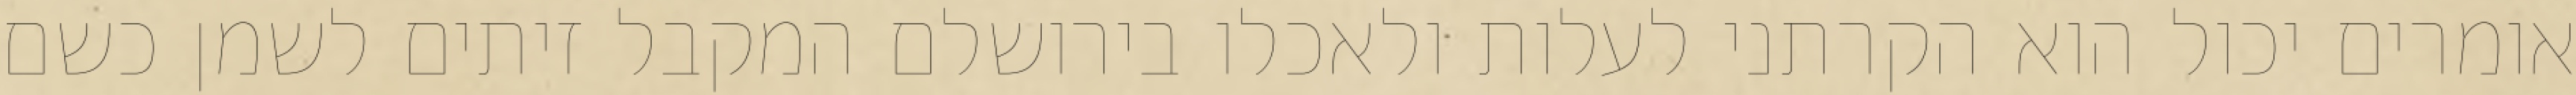
אומרים יכול הוא הקרתני לעלות ולאכלו בירושלם המקבל זיתים לשמן כשם